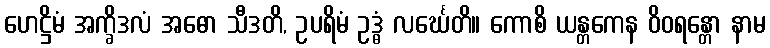
ဟေဋ္ဌိမံ အက္ခိဒလံ အဓော သီဒတိ, ဥပရိမံ ဥဒ္ဓံ လင်္ဃေတိ။ ကောစိ ယန္တကေန ဝိဝရန္တော နာမ